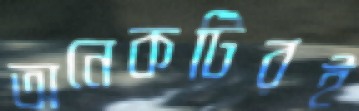
অনেকটিরই